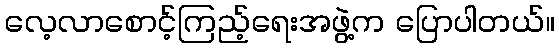
လေ့လာစောင့်ကြည့်ရေးအဖွဲ့က ပြောပါတယ်။